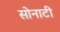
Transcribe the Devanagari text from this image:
सोनाटी